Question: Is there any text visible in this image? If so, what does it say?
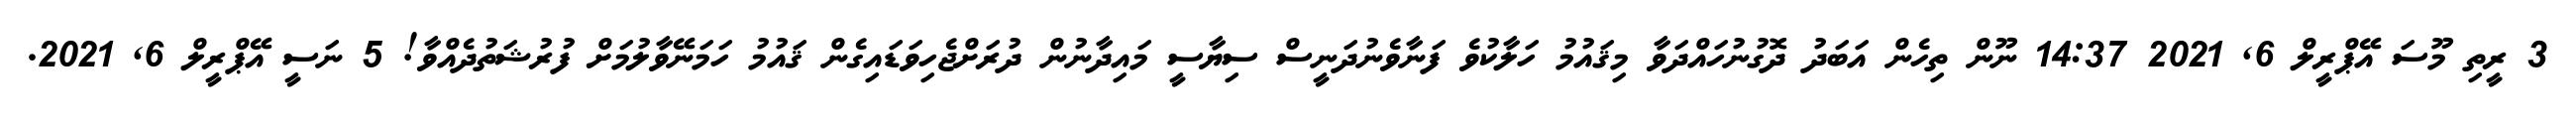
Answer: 3 ރީތި މޫސަ އޭޕްރީލް 6, 2021 14:37 ނޫން ތިހެން އަބަދު ދޮގުނުހައްދަވާ މިޤައުމު ހަލާކުވެ ފަނާވެނުދަނީސް ސިޔާސީ މައިދާނުން ދުރަށްޖެހިވަޑައިގެން ޤައުމު ހަމަނޭވާލުމަށް ފުރުޝަތުދެއްވާ! 5 ނަސީ އޭޕްރީލް 6, 2021.